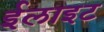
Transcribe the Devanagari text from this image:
ईलाइट